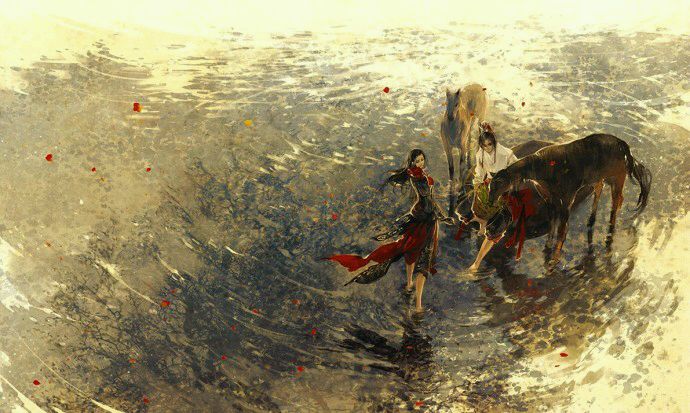
凭君莫话封侯事，一将功成万骨枯。